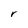
Character: r